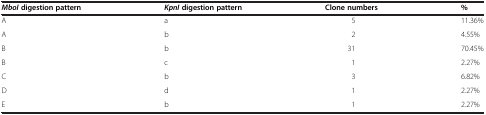
| MboIdigestion pattern | KpnIdigestion pattern | Clone numbers | % |
 | --- | --- | --- | --- |
 | A | a | 5 | 11.36% |
 | A | b | 2 | 4.55% |
 | B | b | 31 | 70.45% |
 | B | c | 1 | 2.27% |
 | C | b | 3 | 6.82% |
 | D | d | 1 | 2.27% |
 | E | b | 1 | 2.27% |